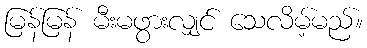
မြန်မြန် မီးမဖွားလျှင် သေလိမ့်မည်။